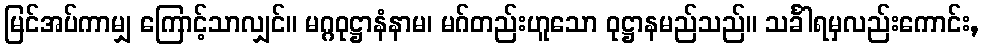
မြင်အပ်ကာမျှ ကြောင့်သာလျှင်။ မဂ္ဂဝုဋ္ဌာနံနာမ၊ မဂ်တည်းဟူသော ဝုဋ္ဌာနမည်သည်။ သင်္ခါရမှလည်းကောင်း,